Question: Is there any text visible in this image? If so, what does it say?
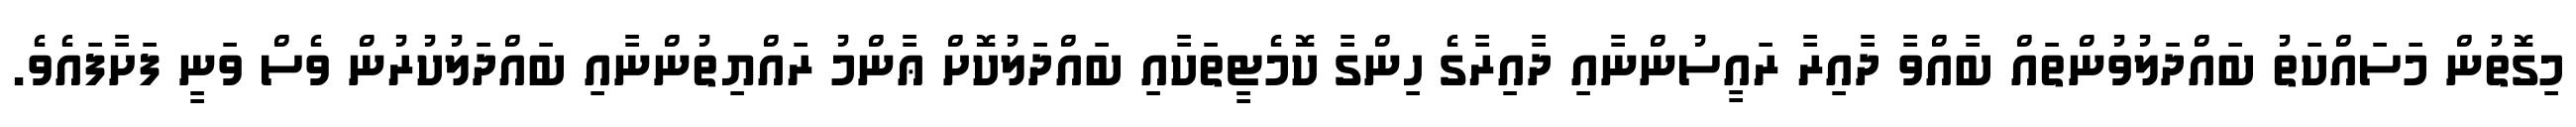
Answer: މިގޮތުން މަސައްކަތު ބައްދަލުވުންތައް ބާއްވާ ދާއިރާ ރައީސުންނާއި ދާއިރާގެ ހިންގާ ކޮމެޓީތަކާއި ބައްދަލުކޮށް ޢާންމު ރައްޔިތުންނާއި ބައްދަލުކުރުން ވެސް ވަނީ ފަށާފައެވެ.